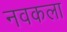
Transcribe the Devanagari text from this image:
नवकला